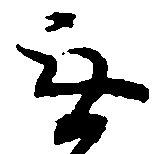
無